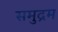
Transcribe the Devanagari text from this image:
समुद्रम